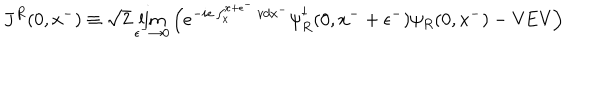
J ^ { R } ( 0 , x ^ { - } ) \equiv \sqrt { 2 } \lim _ { \epsilon ^ { - } \rightarrow 0 } \left( e ^ { - i e \int _ { x } ^ { x + \epsilon ^ { - } } v d x ^ { - } } \psi _ { R } ^ { \dagger } ( 0 , x ^ { - } + \epsilon ^ { - } ) \psi _ { R } ( 0 , x ^ { - } ) - \mathrm { V E V } \right)